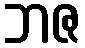
ဘဇ